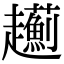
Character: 𧾯